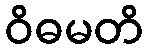
ဝိဓမတိ